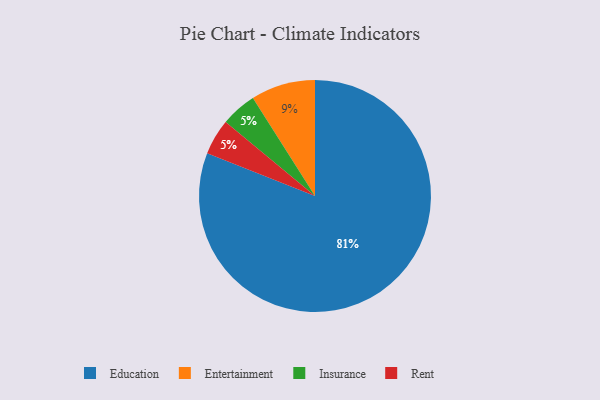
{"axis": {"x": "Category", "y": "Percentage"}, "legend": ["Education", "Entertainment", "Insurance", "Rent"], "data": [{"x": "Insurance", "y": 5, "type": "Insurance"}, {"x": "Rent", "y": 5, "type": "Rent"}, {"x": "Entertainment", "y": 9, "type": "Entertainment"}, {"x": "Education", "y": 81, "type": "Education"}]}